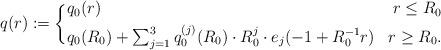
LaTeX: \begin{align*} q(r) := \bigg\{ \begin{aligned} &q_0(r)& r\leq R_0 \\ &{\textstyle q_0(R_0) + \sum_{j=1}^{3}q_0^{(j)}(R_0)\cdot R_0^j\cdot e_j(-1 + R_0^{-1}r)}& r \geq R_0. \end{aligned} \end{align*}